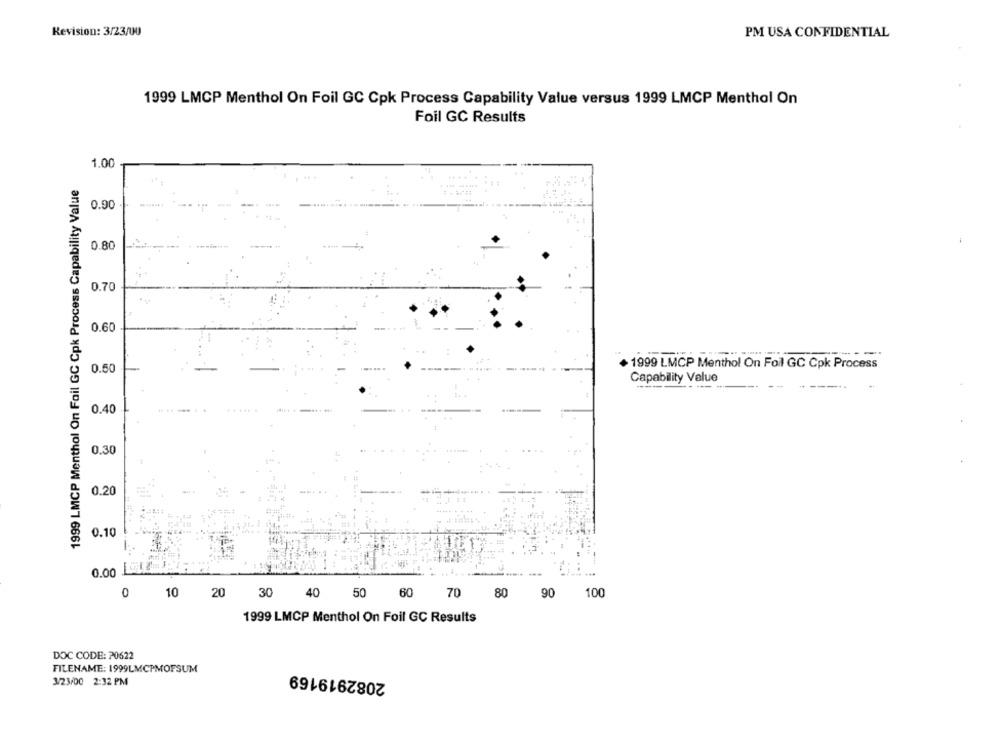
Revision: 3/23/00
PM USA CONFIDENTIAL
1999 LMCP Menthol On Foil GC Cpk Process Capability Value versus 1999 LMCP Menthol On
Fail GC Results
1.00
1999 LMCP Menthol On Fail GC Cpk Process Capability Value
0.90
0.80
0.70
0.60
0.50
1999 LMCP Menthol On Foll GC Cpk Process
Capability Value
0.40
0.30
0.20
0.10
0.00 LE42
0
10
20
30
40
50
60
70
80
90
100
1999 LMCP Menthol On Foil GC Results
DOC CODE: P0622
FILENAME: 1999LMCPMOFSUM
2082919169
3/23/00 2:32 PM